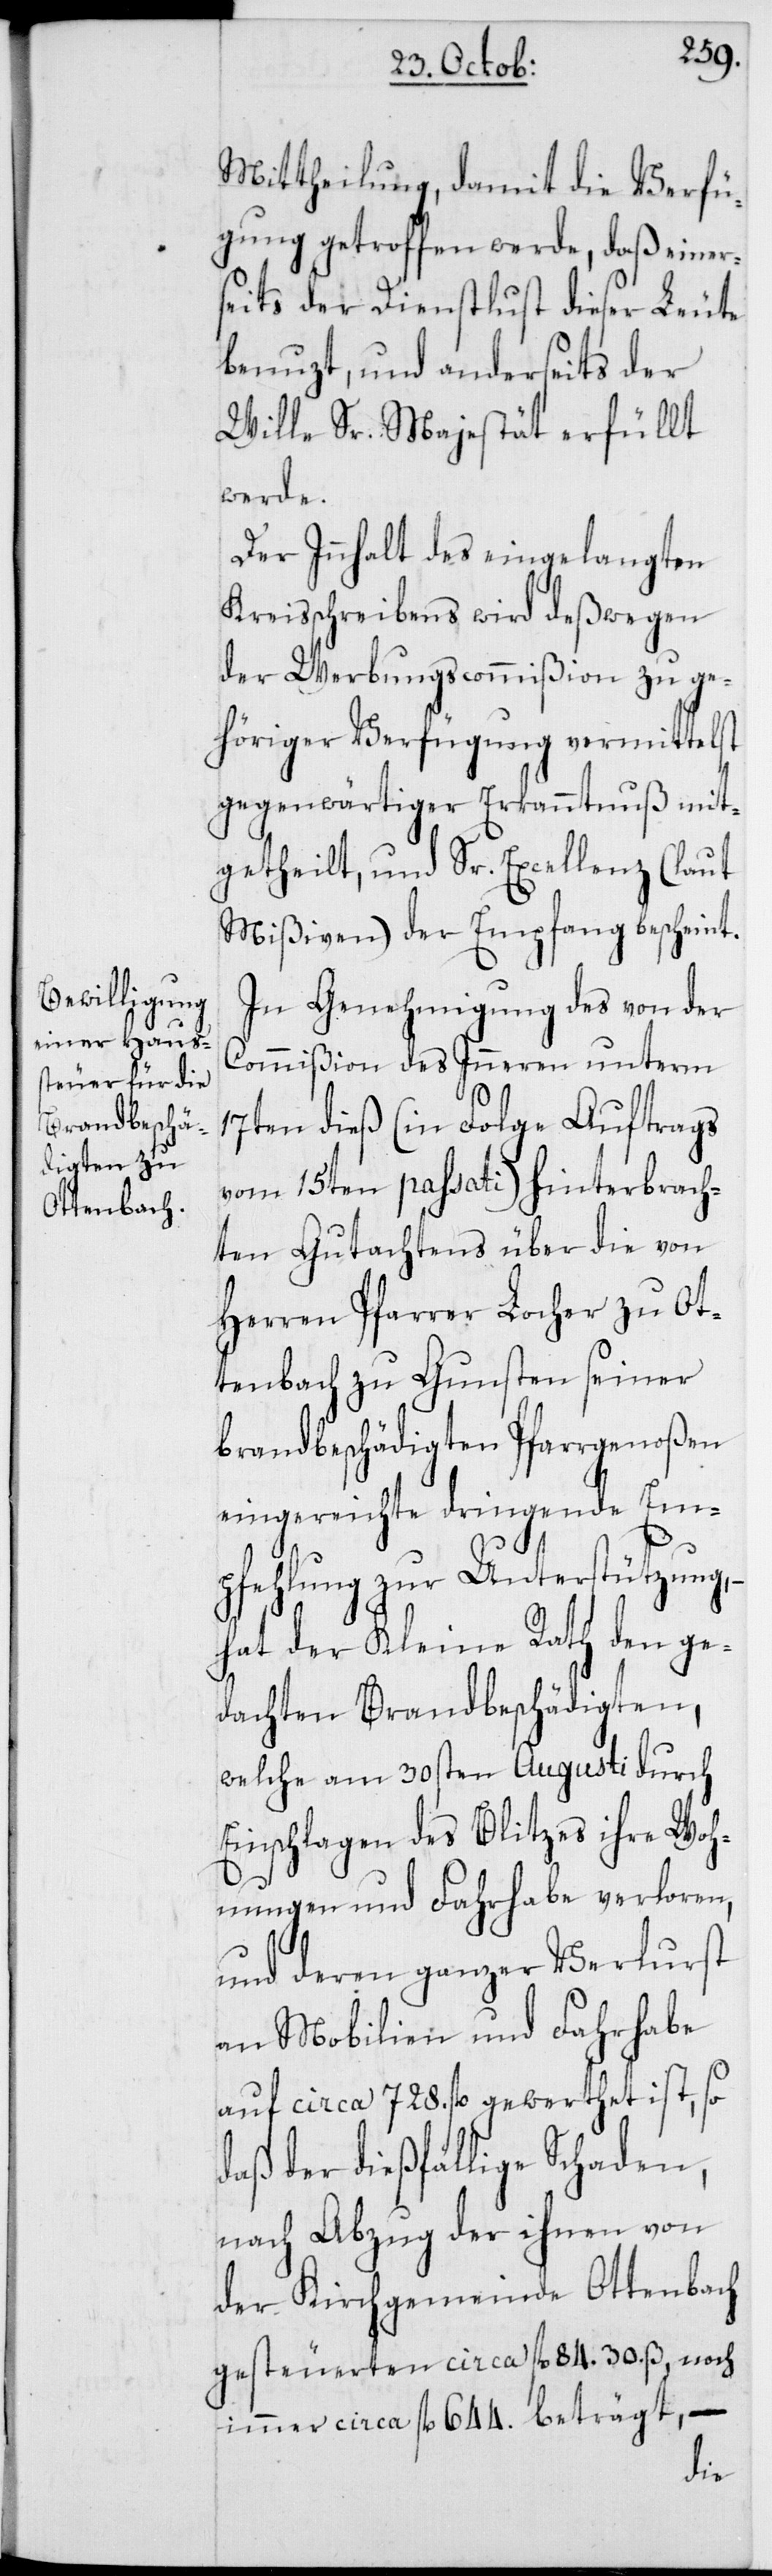
Mittheilung, damit die Verfü¬
gung getroffen werde, daß einer¬
seits der Dienstlust dieser Leute
benuzt, und anderseits der
Wille Sr. Majestät erfüllt
werde.
Der Innhalt des eingelangten
Kreisschreibens wird deßwegen
der Werbungscommißion zu ge¬
höriger Verfügung vermittelst
gegenwärtiger Erkanntnuß mit¬
getheilt, und Sr. Excellenz (laut
Mißiven) der Empfang bescheint.
In Genehmigung des von der
Commißion des Inneren unterm
17ten dieß (in Folge Auftrags
vom 15ten passati) hinterbrach¬
ten Gutachtens über die von
Herren Pfarrer Locher zu Ot¬
tenbach zu Gunsten seiner
brandbeschädigten Pfarrgenoßen
eingereichte dringende Em¬
pfehlung zur Unterstützung,
hat der Kleine Rath den ge¬
dachten Brandbeschädigten,
welche am 30sten Augusti durch
Einschlagen des Blitzes ihre Woh¬
nungen und Fahrhabe verloren,
und deren ganzer Verlurst
an Mobilien und Fahrhabe
auf circa 728. fl. gewerthet ist, so
daß der dießfällige Schaden,
nach Abzug der ihnen von
der Kirchgemeinde Ottenbach
gesteuerten circa fl. 84. 30. ß, noch
immer circa fl. 644. beträgt, –